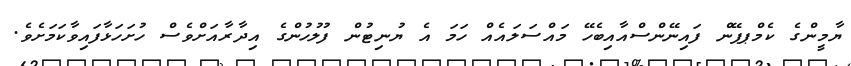
ޔާމީންގެ ކެމްޕޕޭން ފައިނޭންސްއާއިބެހޭ މައްސަލައެއް ހަމަ އެ ޔުނިޓުން ފުލުހުންގެ އިދާރާއަށްވެސް ހުށަހަޅާފައިވާކަމަށެވެ.